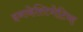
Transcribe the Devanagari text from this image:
इनव्हेस्टिगेटिव्ह